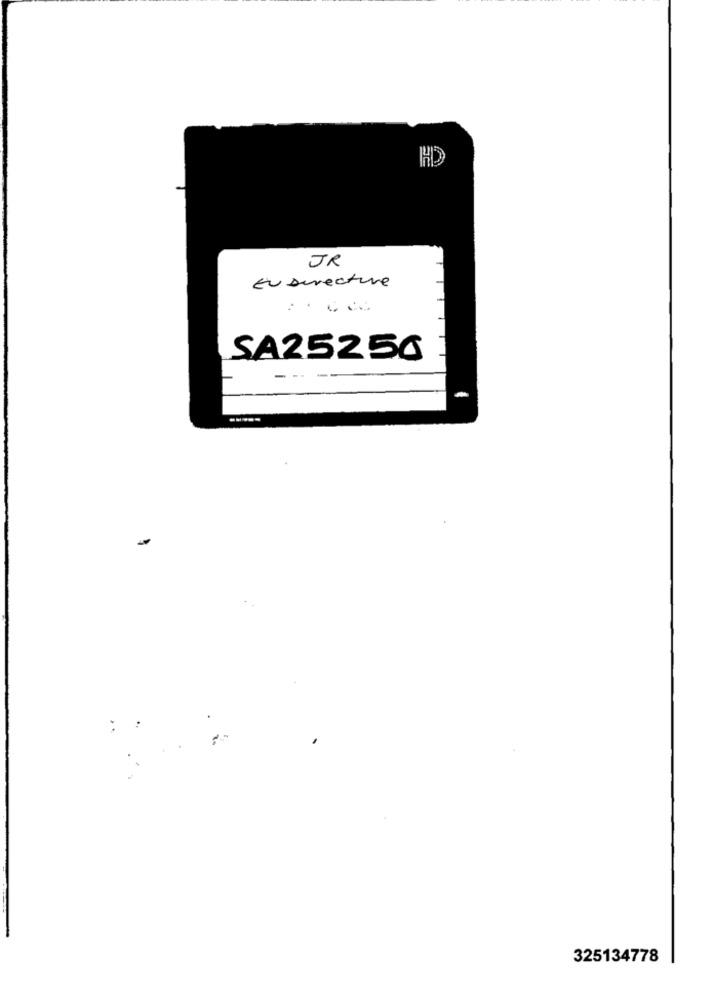
HD
JR
Eu surecture
SA25256
-----
-
325134778